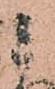
み